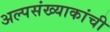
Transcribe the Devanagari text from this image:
अल्पसंख्याकांची